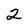
Character: 2